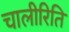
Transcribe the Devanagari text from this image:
चालीरिति